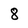
Character: 8